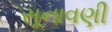
સૂનાવણી